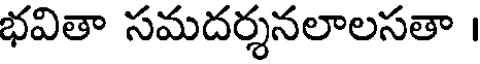
భవితా సమదర్శనలాలసతా